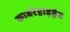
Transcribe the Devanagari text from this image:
काबरेहाइड्रेट